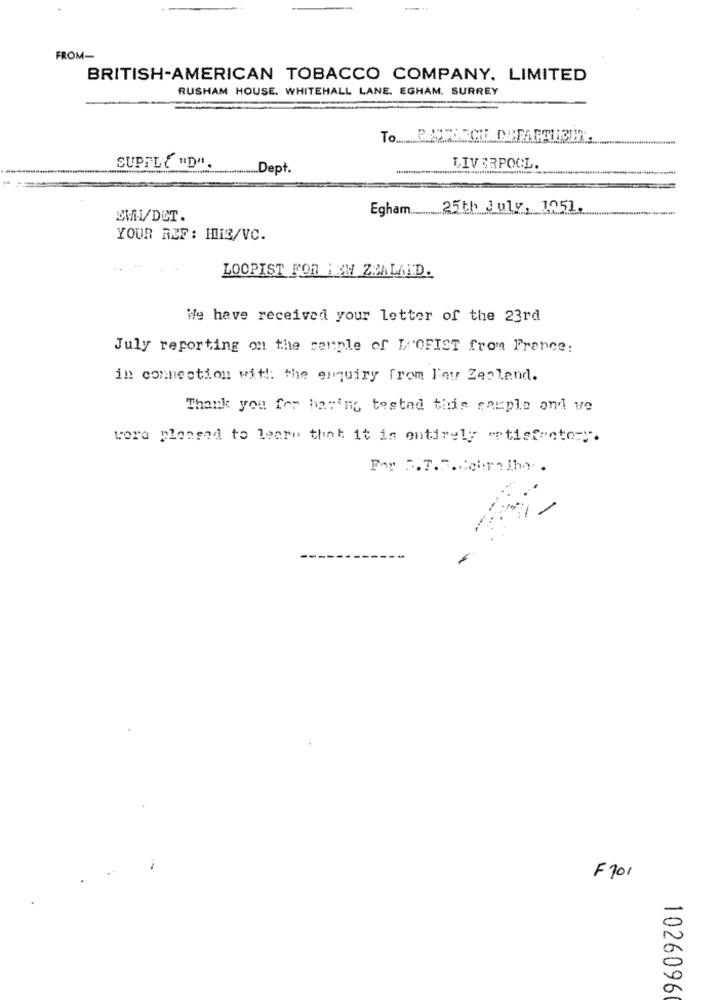
FROM-
BRITISH-AMERICAN TOBACCO COMPANY, LIMITED
RUSHAM HOUSE. WHITEHALL LANE. EGHAM, SURREY
CE DEPARTIEET.
SUPPLY "D".
........... Dept.
LIVERPOOL.
Egham 25th July, 1251
EM/DET.
YOUR REF: HII3/VC.
LOOPIST FOR NEW ZEALAND.
We have received your letter of the 23rd
July reporting on the senple of L'OFIST from France:
in connection with: the enquiry from l'au Zepland.
Thank you for having tested this sample and we
were planend to learn that it is entirely entisfactory.
:
F101
-
0
a
1026096